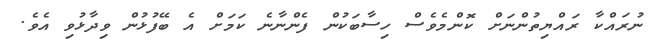
ނުރައްކާ ރައްޔިތުންނަށް ކޮންމެވެސް ހިސާބަކުން ފެންނާނެ ކަމަށް އެ ބޭފުޅުން ވިދާޅުވި އެވެ.